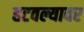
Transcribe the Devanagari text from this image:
हटवल्यावर